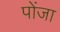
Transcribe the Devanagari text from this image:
पोंजा